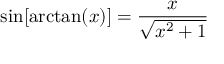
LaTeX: \sin [ \arctan ( x ) ] = { \frac { x } { \sqrt { x ^ { 2 } + 1 } } }